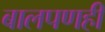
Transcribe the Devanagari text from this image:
बालपणही